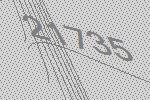
21735